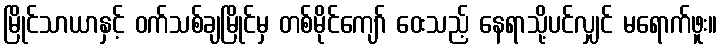
မြိုင်သာယာနှင့် ဝက်သစ်ချမြိုင်မှ တစ်မိုင်ကျော် ဝေးသည့် နေရာသို့ပင်လျှင် မရောက်ဖူး။